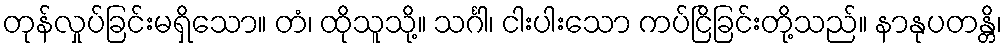
တုန်လှုပ်ခြင်းမရှိသော။ တံ၊ ထိုသူသို့။ သင်္ဂါ၊ ငါးပါးသော ကပ်ငြိခြင်းတို့သည်။ နာနုပတန္တိ၊